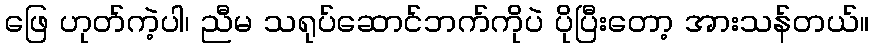
ဖြေ ဟုတ်ကဲ့ပါ၊ ညီမ သရုပ်ဆောင်ဘက်ကိုပဲ ပိုပြီးတော့ အားသန်တယ်။